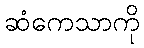
ဆံကေသာကို